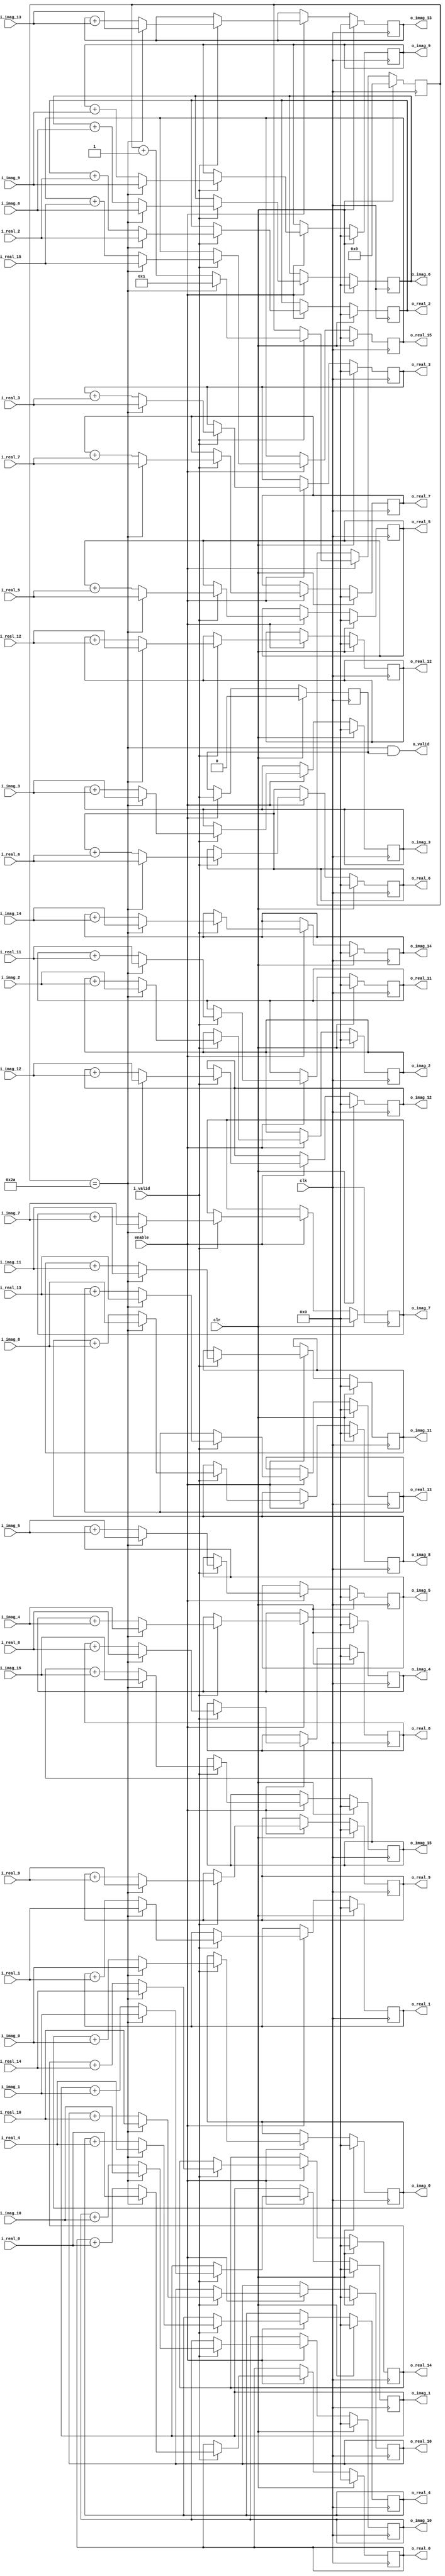
`define SIMULATION_MEMORY

module sum_complex_vector_unit_18_18_16_42 (
	input clk,
	input clr,
	input i_valid,
	input enable,
	input [17:0] i_real_0,
	input [17:0] i_imag_0,
	output [17:0] o_real_0,
	output [17:0] o_imag_0,
	input [17:0] i_real_1,
	input [17:0] i_imag_1,
	output [17:0] o_real_1,
	output [17:0] o_imag_1,
	input [17:0] i_real_2,
	input [17:0] i_imag_2,
	output [17:0] o_real_2,
	output [17:0] o_imag_2,
	input [17:0] i_real_3,
	input [17:0] i_imag_3,
	output [17:0] o_real_3,
	output [17:0] o_imag_3,
	input [17:0] i_real_4,
	input [17:0] i_imag_4,
	output [17:0] o_real_4,
	output [17:0] o_imag_4,
	input [17:0] i_real_5,
	input [17:0] i_imag_5,
	output [17:0] o_real_5,
	output [17:0] o_imag_5,
	input [17:0] i_real_6,
	input [17:0] i_imag_6,
	output [17:0] o_real_6,
	output [17:0] o_imag_6,
	input [17:0] i_real_7,
	input [17:0] i_imag_7,
	output [17:0] o_real_7,
	output [17:0] o_imag_7,
	input [17:0] i_real_8,
	input [17:0] i_imag_8,
	output [17:0] o_real_8,
	output [17:0] o_imag_8,
	input [17:0] i_real_9,
	input [17:0] i_imag_9,
	output [17:0] o_real_9,
	output [17:0] o_imag_9,
	input [17:0] i_real_10,
	input [17:0] i_imag_10,
	output [17:0] o_real_10,
	output [17:0] o_imag_10,
	input [17:0] i_real_11,
	input [17:0] i_imag_11,
	output [17:0] o_real_11,
	output [17:0] o_imag_11,
	input [17:0] i_real_12,
	input [17:0] i_imag_12,
	output [17:0] o_real_12,
	output [17:0] o_imag_12,
	input [17:0] i_real_13,
	input [17:0] i_imag_13,
	output [17:0] o_real_13,
	output [17:0] o_imag_13,
	input [17:0] i_real_14,
	input [17:0] i_imag_14,
	output [17:0] o_real_14,
	output [17:0] o_imag_14,
	input [17:0] i_real_15,
	input [17:0] i_imag_15,
	output [17:0] o_real_15,
	output [17:0] o_imag_15,
	output o_valid
);

reg [17:0] sum_real_0;
reg [17:0] sum_imag_0;
reg [17:0] sum_real_1;
reg [17:0] sum_imag_1;
reg [17:0] sum_real_2;
reg [17:0] sum_imag_2;
reg [17:0] sum_real_3;
reg [17:0] sum_imag_3;
reg [17:0] sum_real_4;
reg [17:0] sum_imag_4;
reg [17:0] sum_real_5;
reg [17:0] sum_imag_5;
reg [17:0] sum_real_6;
reg [17:0] sum_imag_6;
reg [17:0] sum_real_7;
reg [17:0] sum_imag_7;
reg [17:0] sum_real_8;
reg [17:0] sum_imag_8;
reg [17:0] sum_real_9;
reg [17:0] sum_imag_9;
reg [17:0] sum_real_10;
reg [17:0] sum_imag_10;
reg [17:0] sum_real_11;
reg [17:0] sum_imag_11;
reg [17:0] sum_real_12;
reg [17:0] sum_imag_12;
reg [17:0] sum_real_13;
reg [17:0] sum_imag_13;
reg [17:0] sum_real_14;
reg [17:0] sum_imag_14;
reg [17:0] sum_real_15;
reg [17:0] sum_imag_15;
reg reg_i_valid;

// Count the number data in accumulation
reg [13:0] counter;
wire counter_full;
always @ (posedge clk) begin 
	if (clr) begin
		sum_real_0 <= 0;
		sum_imag_0 <= 0;
		sum_real_1 <= 0;
		sum_imag_1 <= 0;
		sum_real_2 <= 0;
		sum_imag_2 <= 0;
		sum_real_3 <= 0;
		sum_imag_3 <= 0;
		sum_real_4 <= 0;
		sum_imag_4 <= 0;
		sum_real_5 <= 0;
		sum_imag_5 <= 0;
		sum_real_6 <= 0;
		sum_imag_6 <= 0;
		sum_real_7 <= 0;
		sum_imag_7 <= 0;
		sum_real_8 <= 0;
		sum_imag_8 <= 0;
		sum_real_9 <= 0;
		sum_imag_9 <= 0;
		sum_real_10 <= 0;
		sum_imag_10 <= 0;
		sum_real_11 <= 0;
		sum_imag_11 <= 0;
		sum_real_12 <= 0;
		sum_imag_12 <= 0;
		sum_real_13 <= 0;
		sum_imag_13 <= 0;
		sum_real_14 <= 0;
		sum_imag_14 <= 0;
		sum_real_15 <= 0;
		sum_imag_15 <= 0;
		counter <= 14'd0;
		reg_i_valid <= 1'b0;
	end else if (enable) begin
		reg_i_valid <= i_valid;
		// Accumulate the number only when data is valid
		if (i_valid) begin
			if (counter == 42)
				counter <= 1;
			else
				counter <= counter + 1;

			if (counter == 42) begin
				sum_real_0 <= i_real_0;
				sum_imag_0 <= i_imag_0;
				sum_real_1 <= i_real_1;
				sum_imag_1 <= i_imag_1;
				sum_real_2 <= i_real_2;
				sum_imag_2 <= i_imag_2;
				sum_real_3 <= i_real_3;
				sum_imag_3 <= i_imag_3;
				sum_real_4 <= i_real_4;
				sum_imag_4 <= i_imag_4;
				sum_real_5 <= i_real_5;
				sum_imag_5 <= i_imag_5;
				sum_real_6 <= i_real_6;
				sum_imag_6 <= i_imag_6;
				sum_real_7 <= i_real_7;
				sum_imag_7 <= i_imag_7;
				sum_real_8 <= i_real_8;
				sum_imag_8 <= i_imag_8;
				sum_real_9 <= i_real_9;
				sum_imag_9 <= i_imag_9;
				sum_real_10 <= i_real_10;
				sum_imag_10 <= i_imag_10;
				sum_real_11 <= i_real_11;
				sum_imag_11 <= i_imag_11;
				sum_real_12 <= i_real_12;
				sum_imag_12 <= i_imag_12;
				sum_real_13 <= i_real_13;
				sum_imag_13 <= i_imag_13;
				sum_real_14 <= i_real_14;
				sum_imag_14 <= i_imag_14;
				sum_real_15 <= i_real_15;
				sum_imag_15 <= i_imag_15;
			end else begin
				sum_real_0 <= sum_real_0 + i_real_0;
				sum_imag_0 <= sum_imag_0 + i_imag_0;
				sum_real_1 <= sum_real_1 + i_real_1;
				sum_imag_1 <= sum_imag_1 + i_imag_1;
				sum_real_2 <= sum_real_2 + i_real_2;
				sum_imag_2 <= sum_imag_2 + i_imag_2;
				sum_real_3 <= sum_real_3 + i_real_3;
				sum_imag_3 <= sum_imag_3 + i_imag_3;
				sum_real_4 <= sum_real_4 + i_real_4;
				sum_imag_4 <= sum_imag_4 + i_imag_4;
				sum_real_5 <= sum_real_5 + i_real_5;
				sum_imag_5 <= sum_imag_5 + i_imag_5;
				sum_real_6 <= sum_real_6 + i_real_6;
				sum_imag_6 <= sum_imag_6 + i_imag_6;
				sum_real_7 <= sum_real_7 + i_real_7;
				sum_imag_7 <= sum_imag_7 + i_imag_7;
				sum_real_8 <= sum_real_8 + i_real_8;
				sum_imag_8 <= sum_imag_8 + i_imag_8;
				sum_real_9 <= sum_real_9 + i_real_9;
				sum_imag_9 <= sum_imag_9 + i_imag_9;
				sum_real_10 <= sum_real_10 + i_real_10;
				sum_imag_10 <= sum_imag_10 + i_imag_10;
				sum_real_11 <= sum_real_11 + i_real_11;
				sum_imag_11 <= sum_imag_11 + i_imag_11;
				sum_real_12 <= sum_real_12 + i_real_12;
				sum_imag_12 <= sum_imag_12 + i_imag_12;
				sum_real_13 <= sum_real_13 + i_real_13;
				sum_imag_13 <= sum_imag_13 + i_imag_13;
				sum_real_14 <= sum_real_14 + i_real_14;
				sum_imag_14 <= sum_imag_14 + i_imag_14;
				sum_real_15 <= sum_real_15 + i_real_15;
				sum_imag_15 <= sum_imag_15 + i_imag_15;
			end
		end
	end
end

assign counter_full = (counter == 42);
assign o_real_0 = sum_real_0;
assign o_imag_0 = sum_imag_0;
assign o_real_1 = sum_real_1;
assign o_imag_1 = sum_imag_1;
assign o_real_2 = sum_real_2;
assign o_imag_2 = sum_imag_2;
assign o_real_3 = sum_real_3;
assign o_imag_3 = sum_imag_3;
assign o_real_4 = sum_real_4;
assign o_imag_4 = sum_imag_4;
assign o_real_5 = sum_real_5;
assign o_imag_5 = sum_imag_5;
assign o_real_6 = sum_real_6;
assign o_imag_6 = sum_imag_6;
assign o_real_7 = sum_real_7;
assign o_imag_7 = sum_imag_7;
assign o_real_8 = sum_real_8;
assign o_imag_8 = sum_imag_8;
assign o_real_9 = sum_real_9;
assign o_imag_9 = sum_imag_9;
assign o_real_10 = sum_real_10;
assign o_imag_10 = sum_imag_10;
assign o_real_11 = sum_real_11;
assign o_imag_11 = sum_imag_11;
assign o_real_12 = sum_real_12;
assign o_imag_12 = sum_imag_12;
assign o_real_13 = sum_real_13;
assign o_imag_13 = sum_imag_13;
assign o_real_14 = sum_real_14;
assign o_imag_14 = sum_imag_14;
assign o_real_15 = sum_real_15;
assign o_imag_15 = sum_imag_15;
assign o_valid = counter_full & reg_i_valid;

endmodule